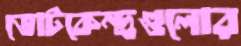
ভোটকেন্দ্রগুলোর